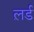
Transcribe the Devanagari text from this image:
ल़र्ड